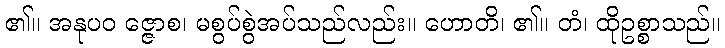
၏။ အနုပဝ ဇ္ဇောစ၊ မစွပ်စွဲအပ်သည်လည်း။ ဟောတိ၊ ၏။ တံ၊ ထိုဥစ္စာသည်။